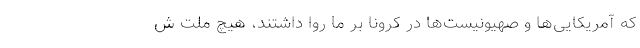
که آمریکایی‌ها و صهیونیست‌ها در کرونا بر ما روا داشتند، هیچ ملت ش